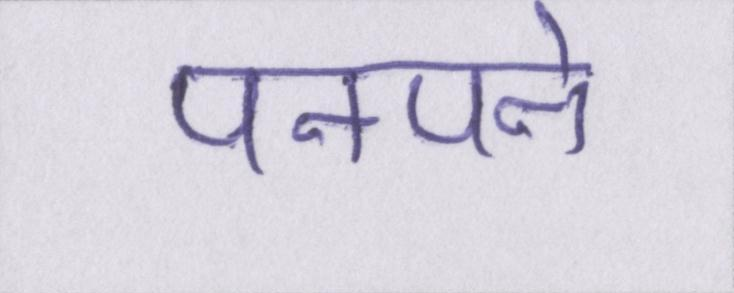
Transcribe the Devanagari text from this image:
पनपने